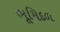
ભૂમિદળ